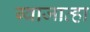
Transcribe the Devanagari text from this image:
ग्वाजाव्हा